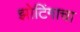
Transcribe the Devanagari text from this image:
झोटिंगाचा